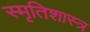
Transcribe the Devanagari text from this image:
स्मृतिशास्त्र